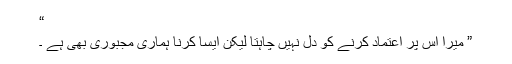
“
” میرا اس پر اعتماد کرنے کو دل نہیں چاہتا لیکن ایسا کرنا ہماری مجبوری بھی ہے ۔